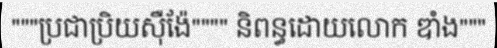
"""ប្រជាប្រិយស៊ឺង៉ែ"""" និពន្ធដោយលោក ឌាំង"""